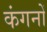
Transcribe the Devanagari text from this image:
कंगनों